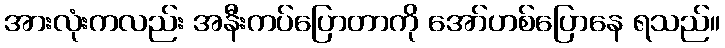
အားလုံးကလည်း အနီးကပ်ပြောတာကို အော်ဟစ်ပြောနေ ရသည်။